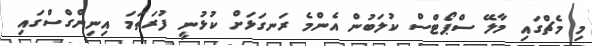
މި މެޗްގައި މާލޭ ސްޕޯޓްސް ކުލަބުން އެންމެ ރަނގަޅަށް ކުޅުނީ ފުރަތަމަ އިނިންގްސްގައި